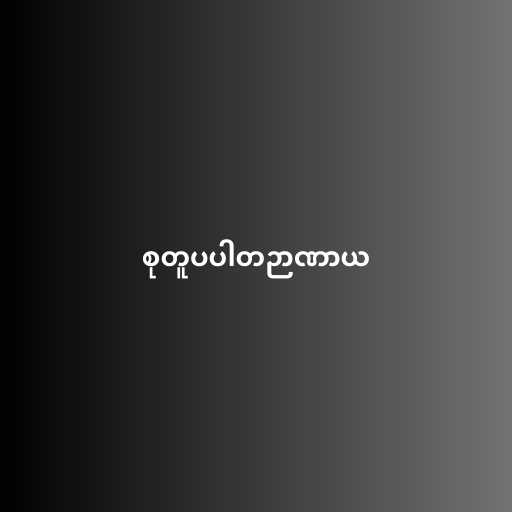
စုတူပပါတဉာဏာယ